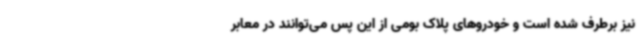
نیز برطرف شده است و خودروهای پلاک بومی از این پس می‌توانند در معابر